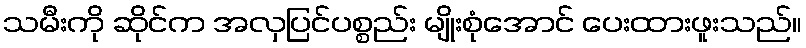
သမီးကို ဆိုင်က အလှပြင်ပစ္စည်း မျိုးစုံအောင် ပေးထားဖူးသည်။